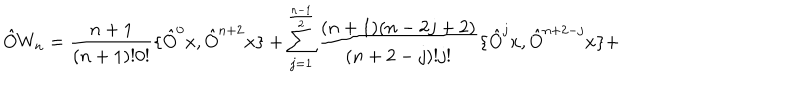
\hat { O } W _ { n } = \frac { n + 1 } { ( n + 1 ) ! 0 ! } \{ \hat { O } ^ { 0 } x , \hat { O } ^ { n + 2 } x \} + \sum _ { j = 1 } ^ { \frac { n - 1 } { 2 } } \frac { ( n + 1 ) ( n - 2 j + 2 ) } { ( n + 2 - j ) ! j ! } \{ \hat { O } ^ { j } x , \hat { O } ^ { n + 2 - j } x \} +